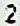
2